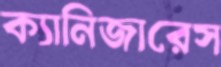
ক্যানিজারেস